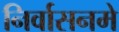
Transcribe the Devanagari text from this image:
निर्वासनमे